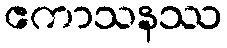
ဧကာသနဿ